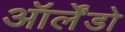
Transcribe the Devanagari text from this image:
ऑर्लेंडो